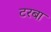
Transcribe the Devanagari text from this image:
टरबा